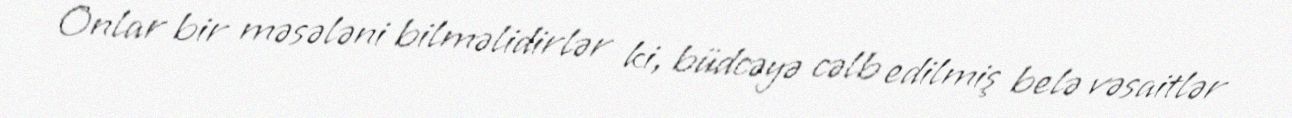
Onlar bir məsələni bilməlidirlər ki, büdcəyə cəlb edilmiş belə vəsaitlər